Indian journal of veterinary science and animal husbandry - Volume 6,
Year: 1936
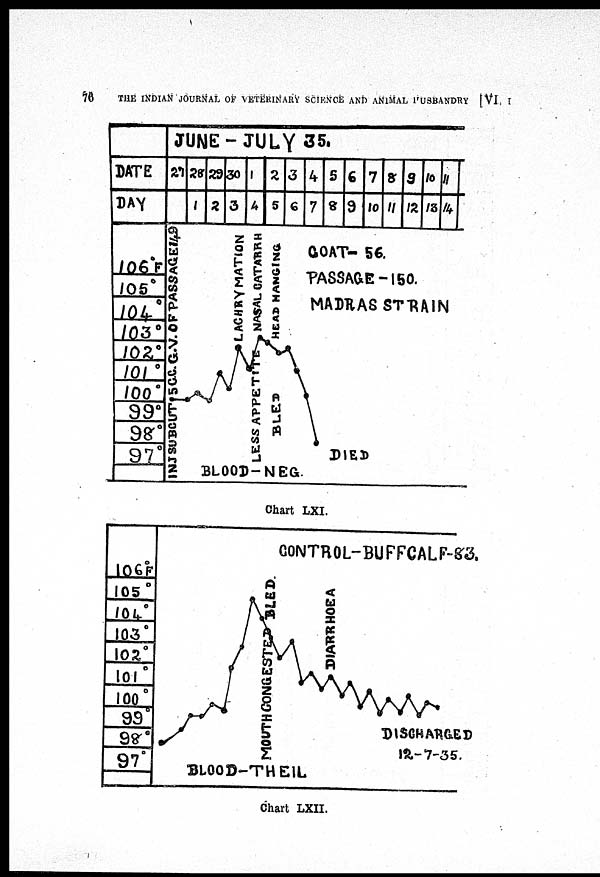
76
THE INDIAN JOURNAL OF VETERINARY SCIENCE AND ANIMAL HUSBANDRY [VI, I
Chart LXI.
Chart LXII.